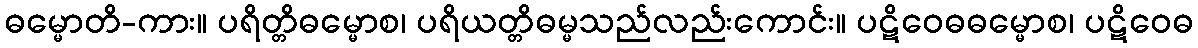
ဓမ္မောတိ-ကား။ ပရိတ္တိဓမ္မောစ၊ ပရိယတ္တိဓမ္မသည်လည်းကောင်း။ ပဋိဝေဓဓမ္မောစ၊ ပဋိဝေဓ